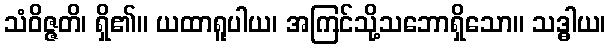
သံဝိဇ္ဇတိ၊ ရှိ၏။ ယထာရူပါယ၊ အကြင်သို့သဘောရှိသော။ သဒ္ဓါယ၊